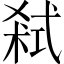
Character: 弒